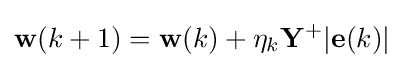
\mathbf {w} (k+1)=\mathbf {w} (k)+\eta _{k}\mathbf {Y} ^{+}|\mathbf {e} (k)|